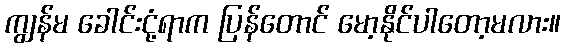
ကျွန်မ ခေါင်းငုံ့ရာက ပြန်တောင် မော့နိုင်ပါတော့မလား။